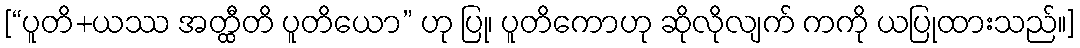
[“ပူတိ+ယဿ အတ္ထီတိ ပူတိယော” ဟု ပြု၊ ပူတိကောဟု ဆိုလိုလျက် ကကို ယပြုထားသည်။]